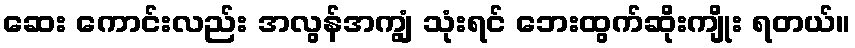
ဆေး ကောင်းလည်း အလွန်အကျွံ သုံးရင် ဘေးထွက်ဆိုးကျိုး ရတယ်။